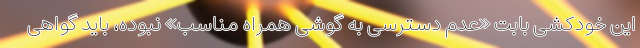
این خودکشی بابت «عدم دسترسی به گوشی همراه مناسب» نبوده، باید گواهی